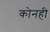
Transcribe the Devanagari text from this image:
कोनही